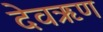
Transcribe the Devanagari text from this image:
देवऋण